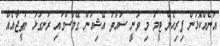
އަނެއްކޮޅުން ފިރިހެން ޓީމު މި ވަނީ ސައުތު އޭޝިއަން ގޭމްސްގައި ރަނގަޅު ނަތީޖާއެއް